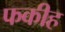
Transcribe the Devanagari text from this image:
फकीह